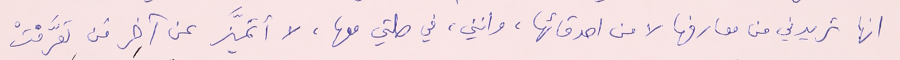
انها تريدني من معارفها لا من اصدقائها، وانني، في صلتي معها، لا أتميَّز عن آخر مَن تعرَّفتْ